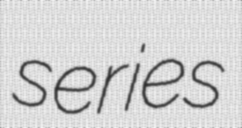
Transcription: series